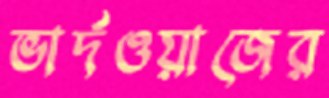
ভার্দওয়াজের